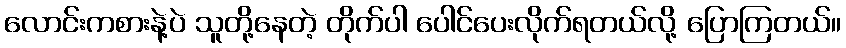
လောင်းကစားနဲ့ပဲ သူတို့နေတဲ့ တိုက်ပါ ပေါင်ပေးလိုက်ရတယ်လို့ ပြောကြတယ်။